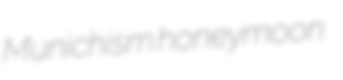
Munichism honeymoon